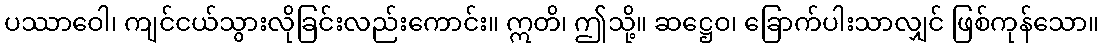
ပဿာဝေါ၊ ကျင်ငယ်သွားလိုခြင်းလည်းကောင်း။ ဣတိ၊ ဤသို့။ ဆဋ္ဌေဝ၊ ခြောက်ပါးသာလျှင် ဖြစ်ကုန်သော။